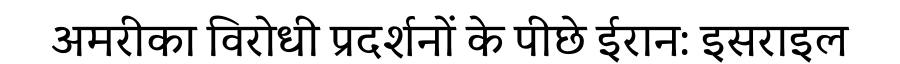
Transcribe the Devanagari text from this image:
अमरीका विरोधी प्रदर्शनों के पीछे ईरान: इसराइल